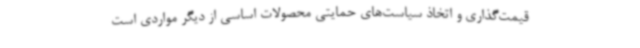
قیمت‌گذاری و اتخاذ سیاست‌های حمایتی محصولات اساسی از دیگر مواردی است